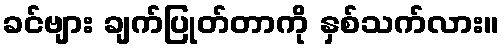
ခင်ဗျား ချက်ပြုတ်တာကို နှစ်သက်လား။